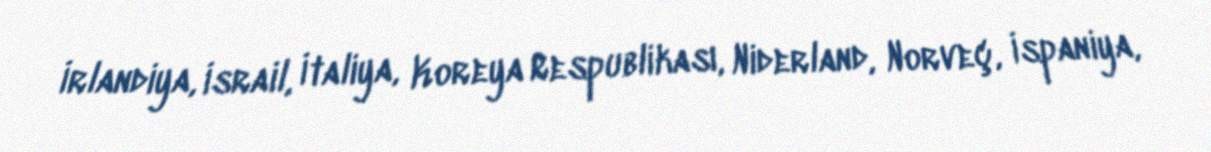
İrlandiya, İsrail, İtaliya, Koreya Respublikası, Niderland, Norveç, İspaniya,